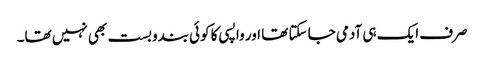
صرف ایک ہی آدمی جا سکتا تھا اور واپسی کا کوئی بندوبست بھی نہیں تھا۔